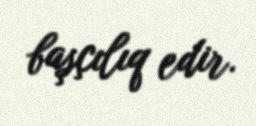
başçılıq edir.